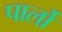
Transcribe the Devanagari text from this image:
पार्लो